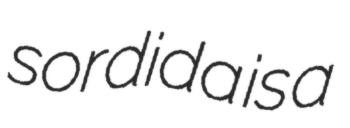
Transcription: sordida is a